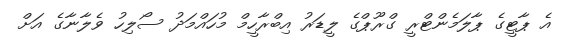
އެ ޕާޓީގެ ޕާލަމެންޓްރީ ގްރޫޕްގެ ލީޑަރު އިބްރާހީމް މުހައްމަދު ސޯލިހު ވެލާނާގެ އަށް